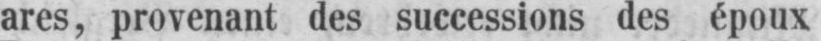
ares, provenant des successions des époux